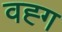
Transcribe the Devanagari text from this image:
वह्ग